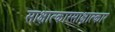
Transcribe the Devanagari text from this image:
साक्षात्कारसाक्षात्कार